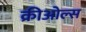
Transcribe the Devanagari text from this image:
क्रीओल्स